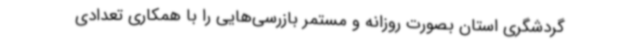
گردشگری استان بصورت روزانه و مستمر بازرسی‌هایی را با همکاری تعدادی